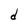
Character: d